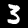
Digit: 3